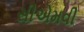
સીએમવી